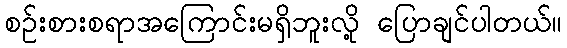
စဉ်းစားစရာအကြောင်းမရှိဘူးလို့ ပြောချင်ပါတယ်။